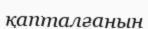
қапталғанын